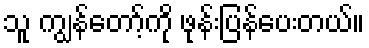
သူ ကျွန်တော့်ကို ဖုန်းပြန်ပေးတယ်။